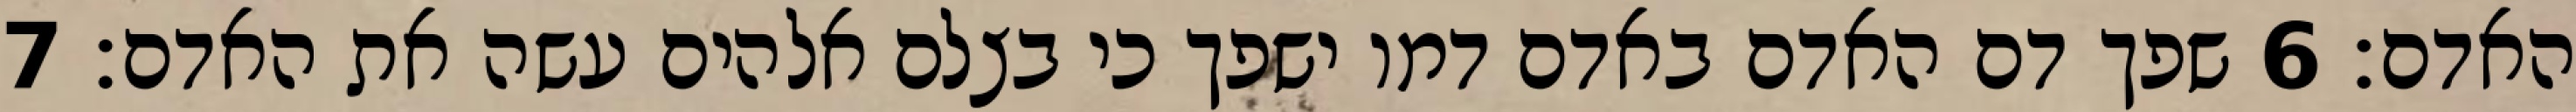
האדם׃ ‎6‏ שפך דם האדם באדם דמו ישפך כי בצלם אלהים עשה את האדם׃ ‎7‏